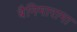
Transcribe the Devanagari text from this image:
बैनिमारामा